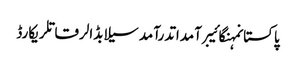
پاکستانمہنگائیبرآمداتدرآمدسیلابڈالرقاتلریکارڈ